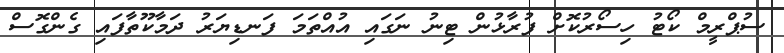
ސުޕްރީމް ކޯޓު ހިސޯރުކޮށް ފުރާޅުން ޓިނު ނަގައި އުއްތަމަ ފަނޑިޔަރު ދަމާކޫތާފައި ގެންގޮސް